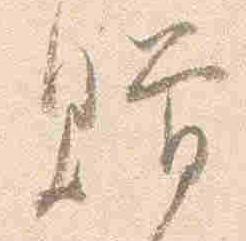
贈